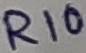
Text: R10